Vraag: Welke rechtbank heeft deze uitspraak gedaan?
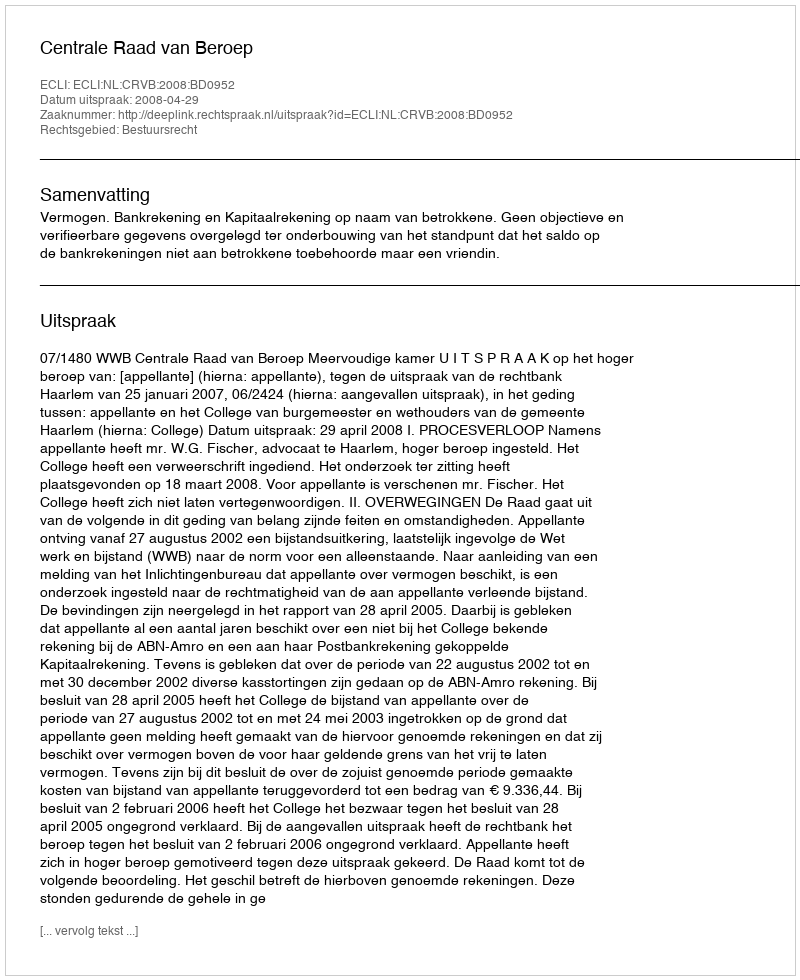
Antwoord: Centrale Raad van Beroep